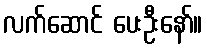
လက်ဆောင် ပေးဦးနော်။